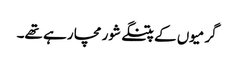
گرمیوں کے پتنگے شور مچا رہے تھے۔